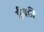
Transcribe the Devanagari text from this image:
ईबडी